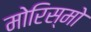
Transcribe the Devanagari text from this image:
मोरिस्मो